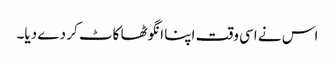
اس نے اسی وقت اپنا انگوٹھا کاٹ کر دے دیا۔